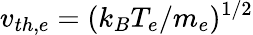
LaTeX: v_{th,e}=(k_{B}T_{e}/m_{e})^{1/2}